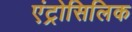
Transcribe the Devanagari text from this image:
एंट्रोसिलिक